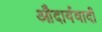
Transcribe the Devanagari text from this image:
औदार्यवादी